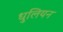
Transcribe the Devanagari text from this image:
धुलियन